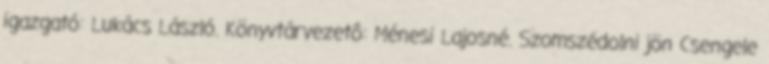
igazgató: Lukács László. Könyvtárvezetô: Ménesi Lajosné. Szomszédolni jön Csengele